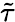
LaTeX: \tilde{\tau}